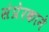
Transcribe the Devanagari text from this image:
संप्रेरकाने